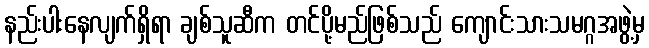
နည်းပါးနေလျက်ရှိရာ ချစ်သူဆီက တင်ပို့မည်ဖြစ်သည် ကျောင်းသားသမဂ္ဂအဖွဲ့မှ